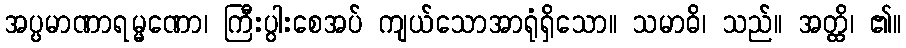
အပ္ပမာဏာရမ္မဏော၊ ကြီးပွါးစေအပ် ကျယ်သောအာရုံရှိသော။ သမာဓိ၊ သည်။ အတ္ထိ၊ ၏။